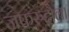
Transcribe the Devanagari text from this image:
जफरुद्दौला